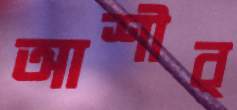
আশীর্